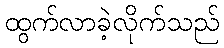
ထွက်လာခဲ့လိုက်သည်